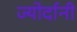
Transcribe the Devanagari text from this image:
ज्योर्दानी